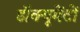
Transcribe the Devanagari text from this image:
डॉक्यूमेंटों